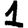
Digit: 1